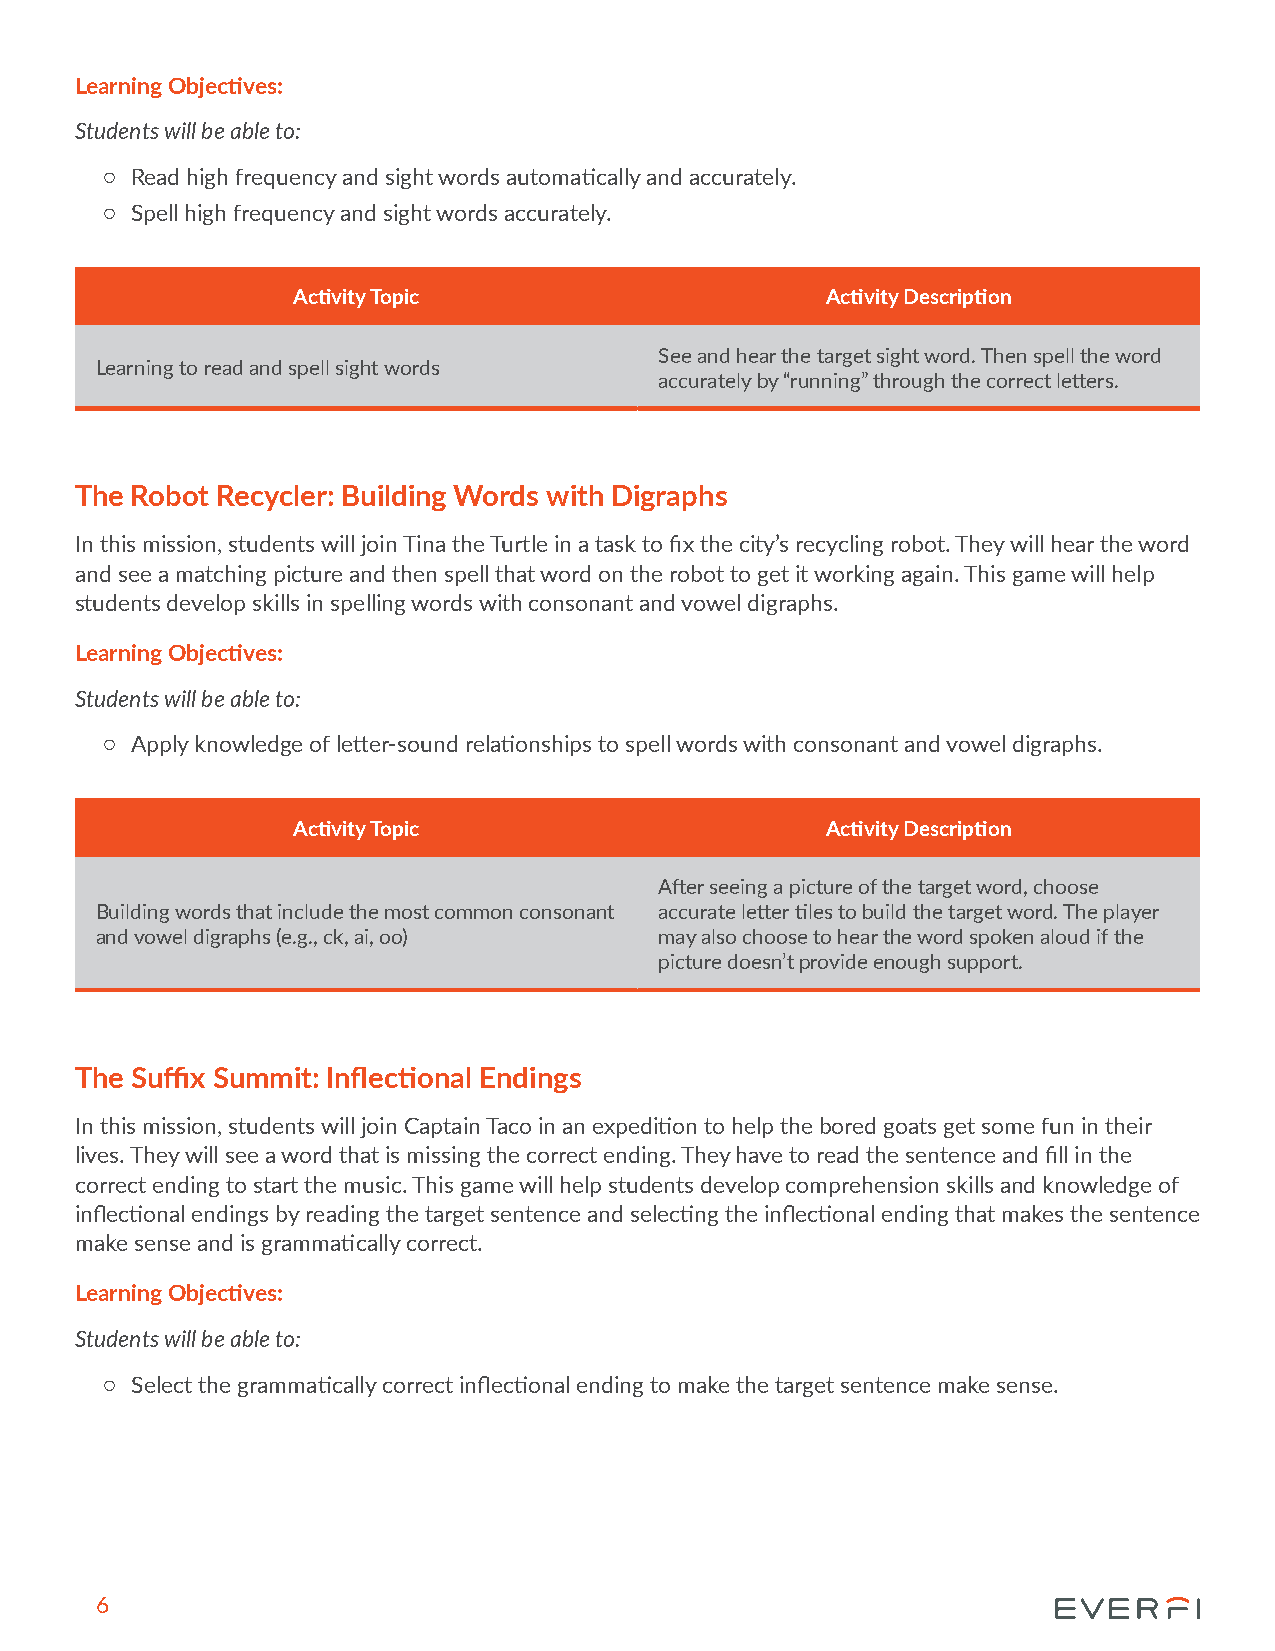
Learning Objectives:
 Students will be able to:
 { Read high frequency and sight words automatically and accurately.
 { Spell high frequency and sight words accurately.
 Activity Topic                      Activity Description
 See and hear the target sight word. Then spell the word
 Learning to read and spell sight words
 accurately by “running” through the correct letters.
 The Robot Recycler: Building Words with Digraphs
 In this mission, students will join Tina the Turtle in a task to fix the city’s recycling robot. They will hear the word
 and see a matching picture and then spell that word on the robot to get it working again. This game will help
 students develop skills in spelling words with consonant and vowel digraphs.
 Learning Objectives:
 Students will be able to:
 { Apply knowledge of letter-sound relationships to spell words with consonant and vowel digraphs.
 Activity Topic                      Activity Description
 After seeing a picture of the target word, choose
 Building words that include the most common consonant accurate letter tiles to build the target word. The player
 and vowel digraphs (e.g., ck, ai, oo) may also choose to hear the word spoken aloud if the
 picture doesn’t provide enough support.
 The Suffix Summit: Inflectional Endings
 In this mission, students will join Captain Taco in an expedition to help the bored goats get some fun in their
 lives. They will see a word that is missing the correct ending. They have to read the sentence and fill in the
 correct ending to start the music. This game will help students develop comprehension skills and knowledge of
 inflectional endings by reading the target sentence and selecting the inflectional ending that makes the sentence
 make sense and is grammatically correct.
 Learning Objectives:
 Students will be able to:
 { Select the grammatically correct inflectional ending to make the target sentence make sense.
 6